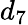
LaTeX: d_{7}